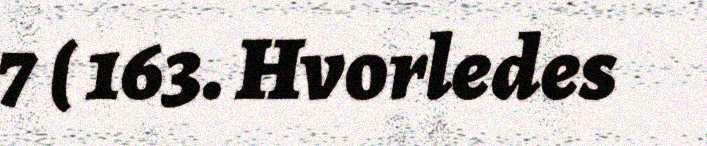
7 ( 163. Hvorledes